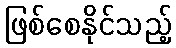
ဖြစ်စေနိုင်သည့်